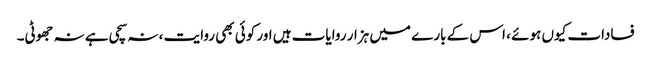
فسادات کیوں ہوئے ، اس کے بارے میں ہزار روایات ہیں اور کوئی بھی روایت ، نہ سچی ہے نہ جھوٹی۔